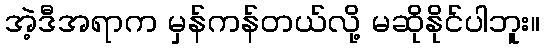
အဲ့ဒီအရာက မှန်ကန်တယ်လို့ မဆိုနိုင်ပါဘူး။